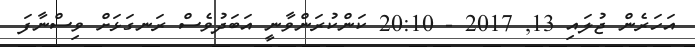
އަހަރެން ޖުލައި 13